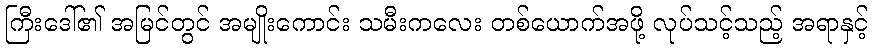
ကြီးဒေါ်၏ အမြင်တွင် အမျိုးကောင်း သမီးကလေး တစ်ယောက်အဖို့ လုပ်သင့်သည့် အရာနှင့်